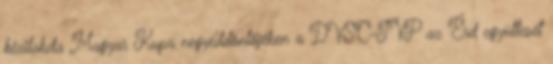
kézilabda Magyar Kupa negyeddöntőjében a DVSC-TVP az Érd együttesét